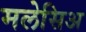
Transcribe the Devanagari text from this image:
मलेसिअ